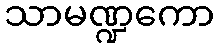
သာမဏ္ဍကော